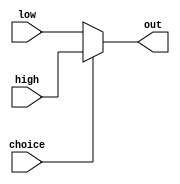
module mux_2to1(out, high, low, choice);
  input low, high, choice; 
  output out;

  assign out = choice ? high : low;
endmodule


module left_shifter(result, data, shiftamt, shift_in);
  input [31:0] data;
  input [4:0] shiftamt;
  input shift_in;

  output [31:0] result;

  wire [31:0] level_4_output;
  wire [31:0] level_3_output;
  wire [31:0] level_2_output;
  wire [31:0] level_1_output;

  genvar i;

  // level 4
  generate
    for (i = 0; i <= 15; i = i + 1) begin:level_4_0
      mux_2to1 mux_i(
        .out (level_4_output[i]), 
        .high (shift_in), 
        .low (data[i]), 
        .choice (shiftamt[4])
      );
    end
  endgenerate

  generate
    for (i = 16; i <= 31; i = i + 1) begin:level_4_1
      mux_2to1 mux_i(
        .out (level_4_output[i]), 
        .high (data[i-16]), 
        .low (data[i]), 
        .choice (shiftamt[4])
      );
    end
  endgenerate


  // level 3
  generate
    for (i = 0; i <= 7; i = i + 1) begin:level_3_0
      mux_2to1 mux_i(
        .out (level_3_output[i]), 
        .high (shift_in), 
        .low (level_4_output[i]), 
        .choice (shiftamt[3])
      );
    end
  endgenerate

  generate
    for (i = 8; i <= 31; i = i + 1) begin:level_3_1
      mux_2to1 mux_i(
        .out (level_3_output[i]), 
        .high (level_4_output[i-8]), 
        .low (level_4_output[i]), 
        .choice (shiftamt[3])
      );
    end
  endgenerate


  // level 2
  generate
    for (i = 0; i <= 3; i = i + 1) begin:level_2_0
      mux_2to1 mux_i(
        .out (level_2_output[i]), 
        .high (shift_in), 
        .low (level_3_output[i]), 
        .choice (shiftamt[2])
      );
    end
  endgenerate

  generate
    for (i = 4; i <= 31; i = i + 1) begin:level_2_1
      mux_2to1 mux_i(
        .out (level_2_output[i]), 
        .high (level_3_output[i-4]), 
        .low (level_3_output[i]), 
        .choice (shiftamt[2])
      );
    end
  endgenerate


  // level 1
  generate
    for (i = 0; i <= 1; i = i + 1) begin:level_1_0
      mux_2to1 mux_i(
        .out (level_1_output[i]), 
        .high (shift_in), 
        .low (level_2_output[i]), 
        .choice (shiftamt[1])
      );
    end
  endgenerate

  generate
    for (i = 2; i <= 31; i = i + 1) begin:level_1_1
      mux_2to1 mux_i(
        .out (level_1_output[i]), 
        .high (level_2_output[i-2]), 
        .low (level_2_output[i]), 
        .choice (shiftamt[1])
      );
    end
  endgenerate


  // level 0
  generate
    for (i = 0; i <= 0; i = i + 1) begin:level_0_0
      mux_2to1 mux_i(
        .out (result[i]), 
        .high (shift_in), 
        .low (level_1_output[i]), 
        .choice (shiftamt[0])
      );
    end
  endgenerate

  generate
    for (i = 1; i <= 31; i = i + 1) begin:level_0_1
      mux_2to1 mux_i(
        .out (result[i]), 
        .high (level_1_output[i-1]), 
        .low (level_1_output[i]), 
        .choice (shiftamt[0])
      );
    end
  endgenerate

endmodule